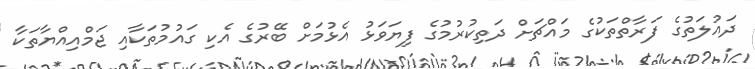
ދައުލަތުގެ ފަރާތްތަކުގެ މައްޗަށް ދަތިކުރުމުގެ ފިޔަވަޅު އެޅުމަށް ބޭރުގެ އެކި ގައުމުތަކާއި ޖަމްއިއްޔާތަކާ